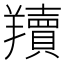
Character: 𦏢